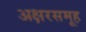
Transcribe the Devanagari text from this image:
अक्षरसमूह